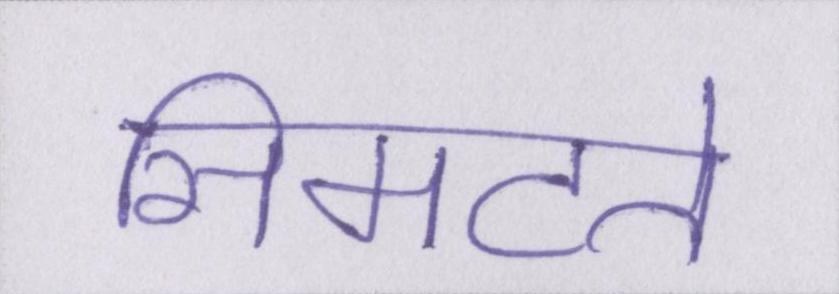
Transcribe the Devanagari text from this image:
सिमटते